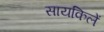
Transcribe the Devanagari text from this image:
सायकिलें